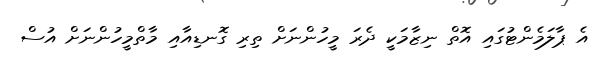
އެ ޕާލަމެންޓުގައި އޮތް ނިޒާމަކީ ދެރަ މީހުންނަށް ތިރި ގޮނޑިއާއި މާތްމީހުންނަށް އުސް